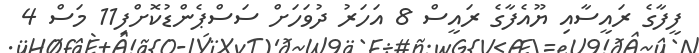
ފީފާގެ ރައީސާއި ޔޫއެފާގެ ރައީސް 8 އަހަރު ދުވަހަށް ސަަސްޕެންޑުކޮށްފި11 މަސް 4